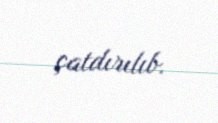
çatdırılıb.